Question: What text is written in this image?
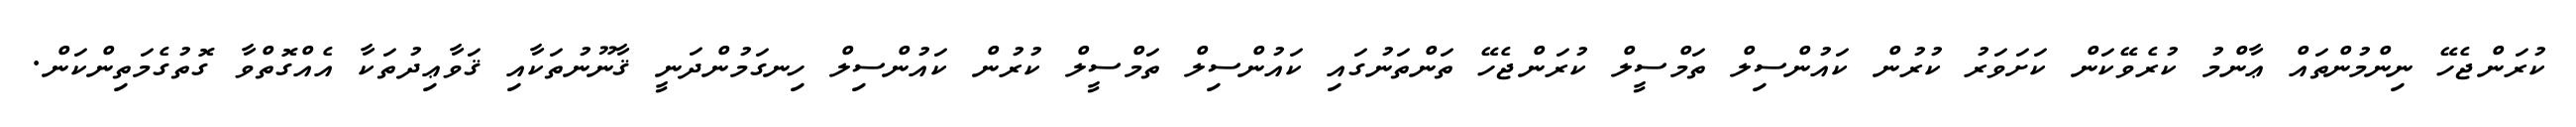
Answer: ކުރަންޖެހޭ ނިންމުންތައް ޢާންމު ކުރެވޭކަން ކަށަވަރު ކުރުން ކައުންސިލް ތަމްސީލް ކުރަންޖެހޭ ތަންތަނުގައި ކައުންސިލް ތަމްސީލް ކުރުން ކައުންސިލް ހިނގަމުންދަނީ ޤާނޫނުތަކާއި ޤަވާޢިދުތަކާ އެއްގޮތްވާ ގޮތުގެމަތިންކަން.